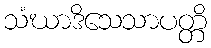
သံဃာဒိသေသာပတ္တိ